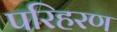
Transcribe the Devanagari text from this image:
परिहरण